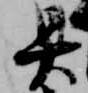
具